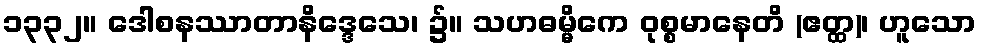
၁၃၃၂။ ဒေါစနဿာတာနိဒ္ဒေသေ၊ ၌။ သဟဓမ္မိကေ ဝုစ္စမာနေတိ (ဧတ္ထ)၊ ဟူသော